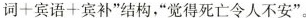
词十宾语十宾补"结构,“觉得死亡令人不安"。